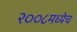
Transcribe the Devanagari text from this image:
२००८मध्येच